Treatise on elephants
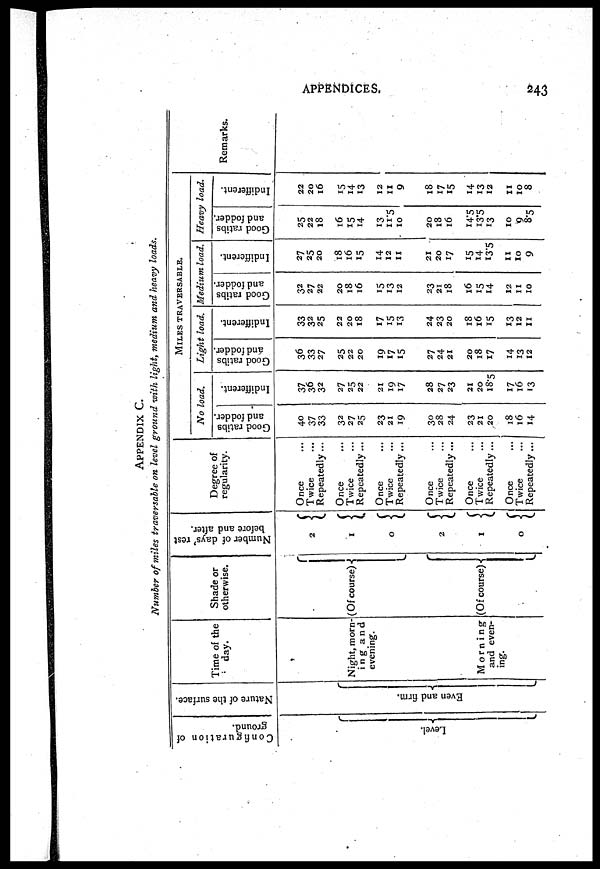
APPENDICES.
243
APPENDIX C.
Number of miles traversable on level ground with light, medium and heavy loads.
Configuration of
ground.
Level.
Nature of the surface.
Even and firm.
Time of the
day.
Shade or
otherwise.
Night, morn-(Of course)-
ing and
evening.
Morn ing (Of course)
and even-
ing.{
Number of days' rest
before and after.
2
1
0
2
1
0
Degree of
regularity.
Once
Twice
Repeatedly...
Once
Twice
Repeatedly...
Once
Twice
Repeatedly...
Once
Twice
Repeatedly...
Once
Twice
Repeatedly...
Once
Twice
Repeatedly...
MILES TRAVERSABLE.
No load.
Good ratibs
and fodder.
40
37
33
32
27
25
23
21
19
30
28
24
23
21
20
18
16
14
Indifferent.
37
36
32
27
25
22
21
19
17
28
27
23
21
20
18.5
17
16
13
Light load.
Good ratibs
and fodder.
36
33
27
25
22
20
19
17
15
27
24
21
20
18
17
14
13
12
Indifferent.
33
32
25
22
20
18
17
15
13
24
23
20
18
16
15
13
12
11
Medium load.
Good ratibs
and fodder.
32
27
22
20
18
16
15
13
12
23
21
18
16
15
14
12
11
10
Indifferent.
27
25
20
18
16
15
14
12
11
21
20
17
15
14
13.5
11
10
9
Heavy load.
Good ratibs
and fodder.
25
22
18
16
15
14
13
11.5
10
20
18
16
14.5
13.5
13
10
9
8.5
Indifferent.
22
20
16
15
14
13
Remarks.
12
11
9
18
17
15
14
13
12
11
10
8